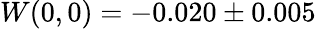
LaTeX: W(0,0)=-0.020\pm 0.005